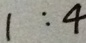
1 : 4